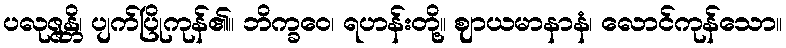
ပလုဇ္ဇန္တိ၊ ပျက်ပြိုကုန်၏။ ဘိက္ခဝေ၊ ရဟန်းတို့။ ဈာယမာနာနံ၊ လောင်ကုန်သော။